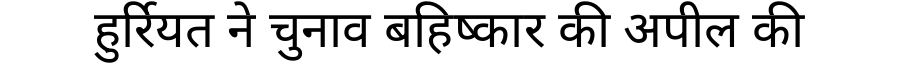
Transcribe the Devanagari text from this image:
हुर्रियत ने चुनाव बहिष्कार की अपील की